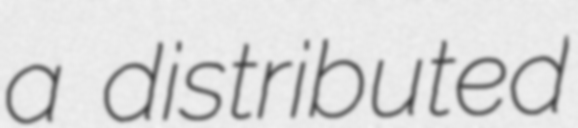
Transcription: a distributed